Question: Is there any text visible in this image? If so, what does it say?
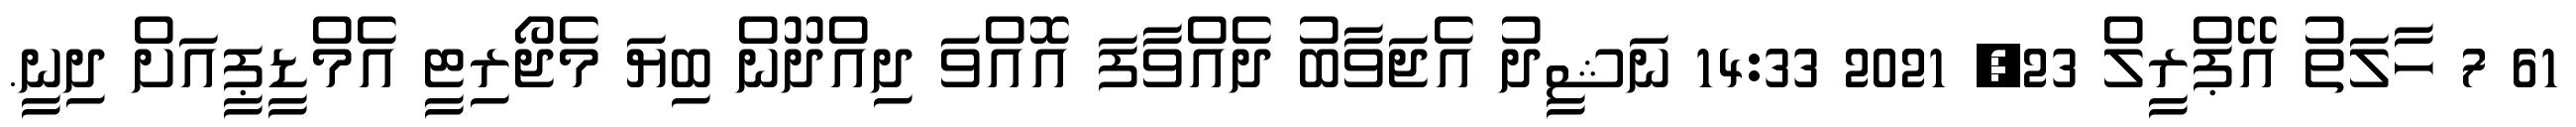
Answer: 61 7 ހާލަތު އޭޕްރީލް 23, 2021 14:33 ނަޝީދު އެޖަވާބު ދެއްވާފަ އޮއްވަ ދިއްދޫން ބިޔަ މެޖޯރިޓީ އެމްޑީޕީއަށް ދިނީ.